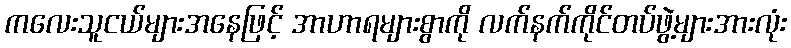
ကလေးသူငယ်များအနေဖြင့် အာဟာရများစွာကို လက်နက်ကိုင်တပ်ဖွဲ့များအားလုံး